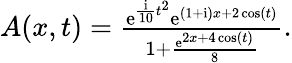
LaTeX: \begin{array}{r}{A(x,t)=\frac{\mathrm{e}^{\frac{\mathrm{{i}}}{10}t^{2}}\mathrm{e}^{(1+\mathrm{{i}})x+2\cos(t)}}{1+\frac{\mathrm{e}^{2x+4\cos(t)}}{8}}.}\end{array}